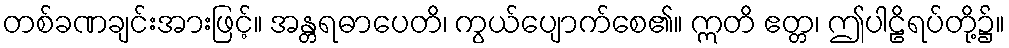
တစ်ခဏချင်းအားဖြင့်။ အန္တရဓာပေတိ၊ ကွယ်ပျောက်စေ၏။ ဣတိ ဧတ္တ၊ ဤပါဠိရပ်တို့၌။